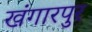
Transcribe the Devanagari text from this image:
खंगारपुर